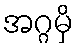
အဂ္ဂမှိ